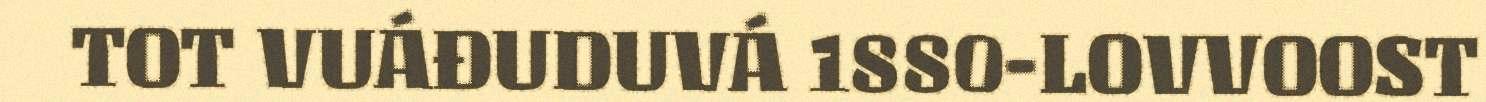
TOT VUÁĐUDUVÁ 1880-LOVVOOST